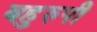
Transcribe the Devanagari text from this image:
बहुरुपी